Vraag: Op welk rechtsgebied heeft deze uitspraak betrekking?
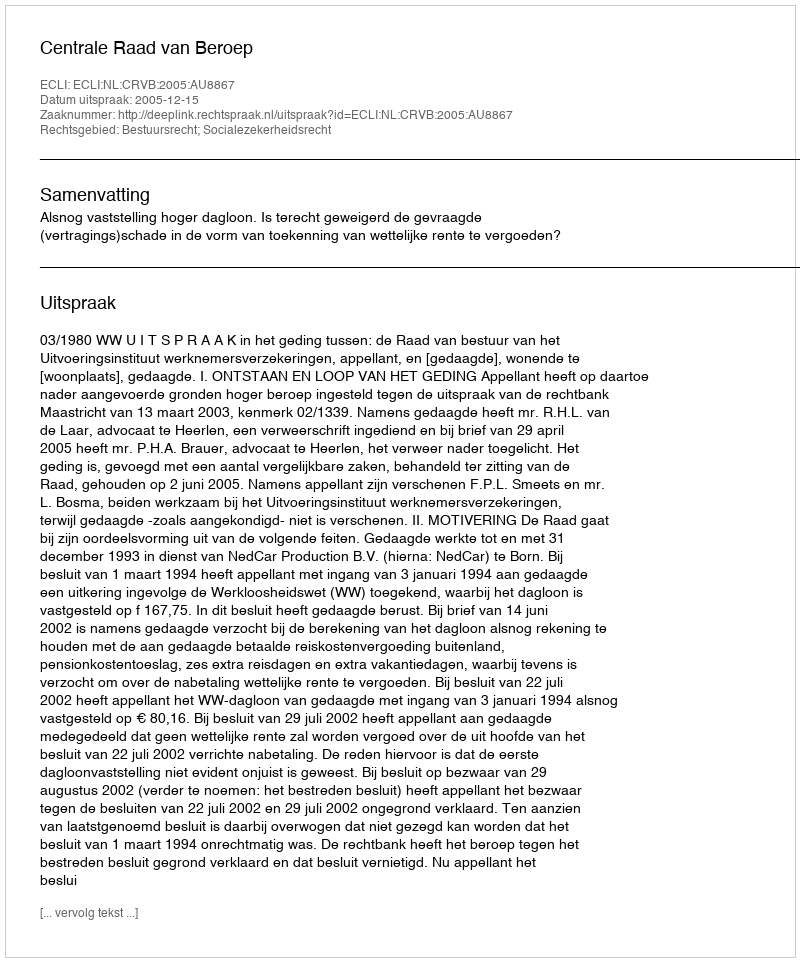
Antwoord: Bestuursrecht; Socialezekerheidsrecht